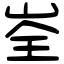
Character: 峑